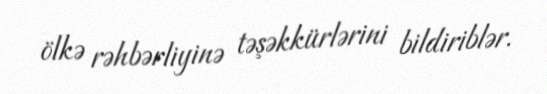
ölkə rəhbərliyinə təşəkkürlərini bildiriblər.